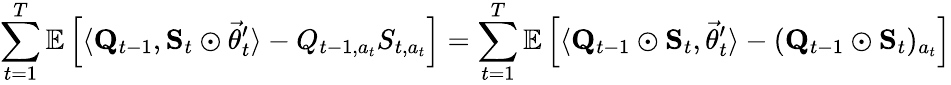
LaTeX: \sum_{t=1}^{T}\mathbb E\left[\langle\mathbf Q_{t-1},\mathbf S_{t}\odot\vec{\theta}_{t}^{\prime}\rangle-Q_{t-1,a_{t}}S_{t,a_{t}}\right]=\sum_{t=1}^{T}\mathbb E\left[\langle\mathbf Q_{t-1}\odot\mathbf S_{t},\vec{\theta}_{t}^{\prime}\rangle-(\mathbf Q_{t-1}\odot\mathbf S_{t})_{a_{t}}\right]